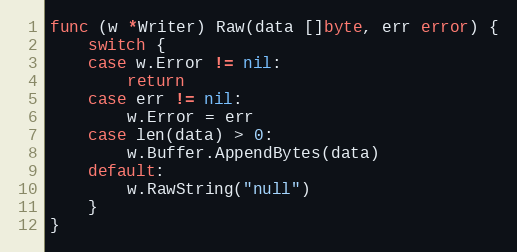
Language: Go
func (w *Writer) Raw(data []byte, err error) {
	switch {
	case w.Error != nil:
		return
	case err != nil:
		w.Error = err
	case len(data) > 0:
		w.Buffer.AppendBytes(data)
	default:
		w.RawString("null")
	}
}